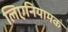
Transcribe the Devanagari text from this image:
लिएनियामक